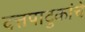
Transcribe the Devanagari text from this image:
दत्तपादुकांचे